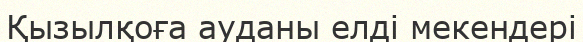
Қызылқоға ауданы елді мекендері